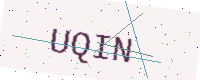
Text: UQIN